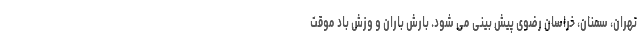
تهران، سمنان، خراسان رضوی پیش بینی می شود. بارش باران و وزش باد موقت